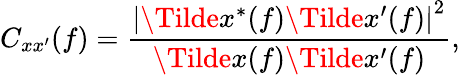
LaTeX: C_{xx^{\prime}}(f)=\frac{\left|\Tilde{x}^{*}(f)\Tilde{x}^{\prime}(f)\right|^{2}}{\Tilde{x}(f)\Tilde{x}^{\prime}(f)},